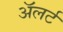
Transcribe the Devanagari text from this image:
अॅलर्ट